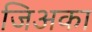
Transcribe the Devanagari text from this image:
जिअका